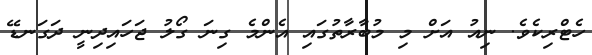
ހެޓްރިކެވެ. ނިއު އަށް މި މުބާރާތުގައި އެންމެ ގިނަ ގޯލު ޖަހައިދިނީ ދަގަނޑޭ